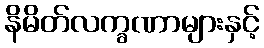
နိမိတ်လက္ခဏာများနှင့်